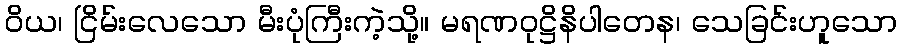
ဝိယ၊ ငြိမ်းလေသော မီးပုံကြီးကဲ့သို့။ မရဏဝုဋ္ဌိနိပါတေန၊ သေခြင်းဟူသော